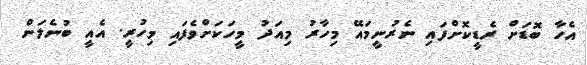
އެހާ ބޮޑަށް ރެޑީކޮށްފައި ނެރުނީމައޭ މިހާރު މިއަދު މީހަކަށްވެފައި މިހުރީ. އެއީ ބުނެލަން